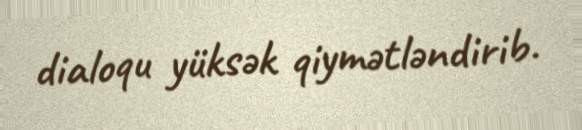
dialoqu yüksək qiymətləndirib.